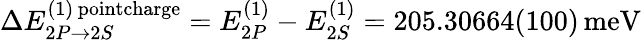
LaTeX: \Delta E_{2P\rightarrow 2S}^{(1)\, \textrm{pointcharge}}=E_{2P}^{(1)}-E_{2S}^{(1)}=205.30664(100)\, \textrm{meV}